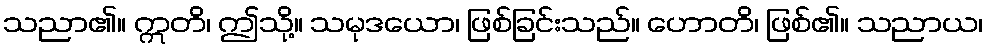
သညာ၏။ ဣတိ၊ ဤသို့။ သမုဒယော၊ ဖြစ်ခြင်းသည်။ ဟောတိ၊ ဖြစ်၏။ သညာယ၊